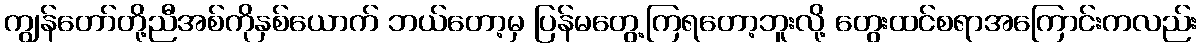
ကျွန်တော်တို့ညီအစ်ကိုနှစ်ယောက် ဘယ်တော့မှ ပြန်မတွေ့ကြရတော့ဘူးလို့ တွေးထင်စရာအကြောင်းကလည်း